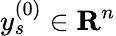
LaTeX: y_{s}^{(0)}\in\mathbf{R}^{n}